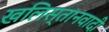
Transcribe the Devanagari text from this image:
खलिस्तानवादी